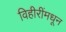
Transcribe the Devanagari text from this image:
विहीरींमधून